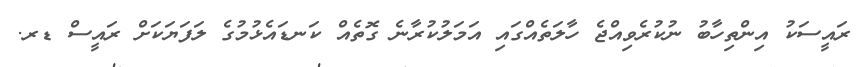
ރައީސަކު އިންތިހާބު ނުކުރެވިއްޖެ ހާލަތެއްގައި އަމަލުކުރާނެ ގޮތެއް ކަނޑައެޅުމުގެ ލަފަޔަކަށް ރައީސް ޑރ.